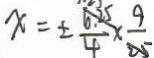
x = \pm \frac { 6 . 2 5 } { 4 } \times \frac { 9 } { 2 5 }